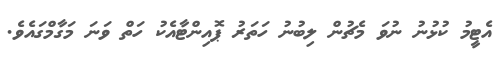
އެޓީމު ކުޅުނު ނުވަ މެޗުން ލިބުނު ހަތަރު ޕޮއިންޓާއެކު ހަތް ވަނަ މަގާމްގައެވެ.